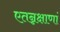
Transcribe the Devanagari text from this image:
एतन्नक्षाणां